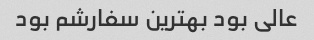
عالی بود بهترین سفارشم بود